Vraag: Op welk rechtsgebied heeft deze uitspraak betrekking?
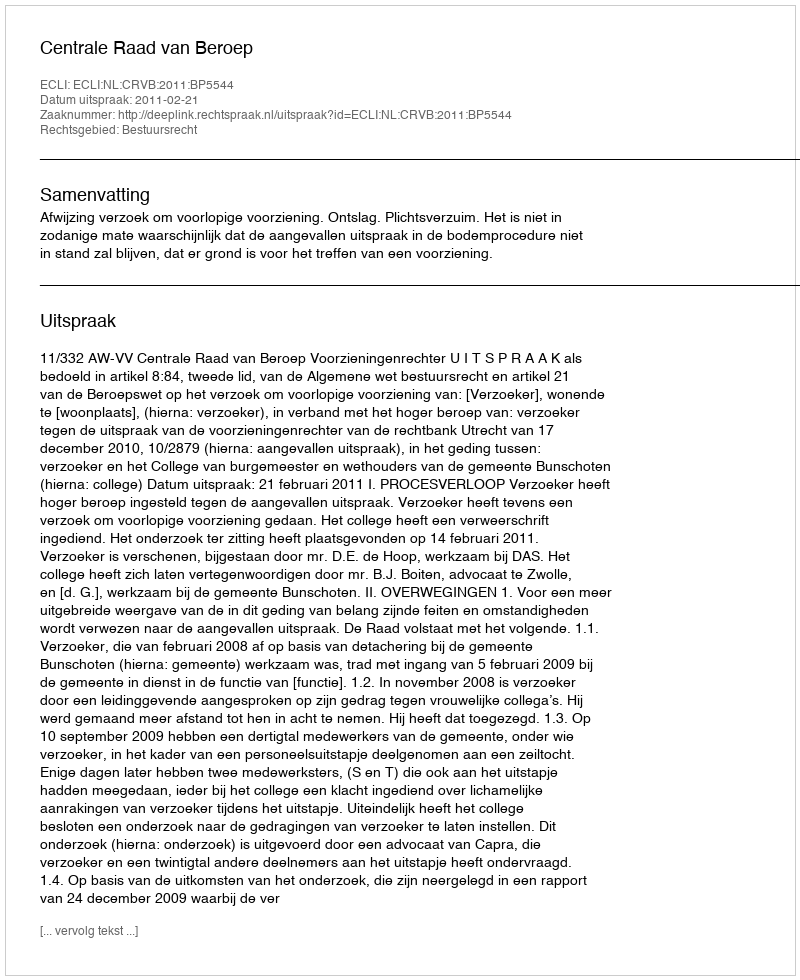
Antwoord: Bestuursrecht